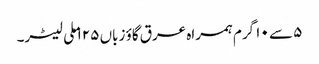
۵ سے ۱۰ گرم ہمراہ عرق گاؤ زباں ۱۲۵ ملی لیٹر۔